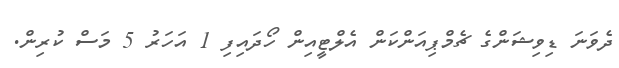
ދެވަނަ ޑިވިޝަންގެ ޗެމްޕިއަންކަން އެލްޓީއިން ހޯދައިފި 1 އަހަރު 5 މަސް ކުރިން.